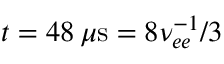
t = 4 8 \, \mu \mathrm { s } = 8 \nu _ { e e } ^ { - 1 } / 3